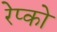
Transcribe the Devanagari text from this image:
रेप्को